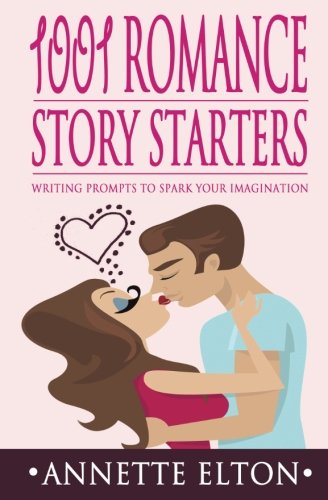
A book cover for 1001 Romance Story Starters: Writing Prompts to Spark Your Imagination; Annette Elton; Romance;